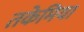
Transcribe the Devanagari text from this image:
तकेमिया